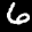
Label: 6